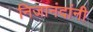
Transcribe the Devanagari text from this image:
निजानंदांनी